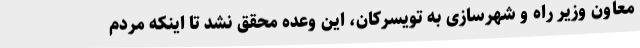
معاون وزیر راه و شهرسازی به تویسرکان، این وعده محقق نشد تا اینکه مردم